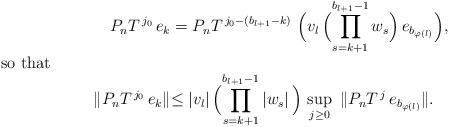
LaTeX: \begin{align*} P_{n}T^{\,j_0}\,e_{k}&=\smash[b]{P_{n}T^{\,j_0-(b_{l+1}-k)}\ \Bigl(v_{l}\,\Bigl(\prod_{s=k+1}^{b_{l+1}-1}w_{s} \Bigr)\,e_{b_{\varphi (l)}}\Bigr),}\intertext{so that}\|P_{n}T^{\,j_0}\,e_{k}\|&\smash[t]{\le|v_{l}|\,\Bigl(\prod_{s=k+1}^{b_{l+1}-1 }|w_{ s}|\,\Bigr)\,\sup_{j\ge 0}\ \|P_{n}T^{\,j}\,e_{b_{\varphi (l)}}\|.}\end{align*}